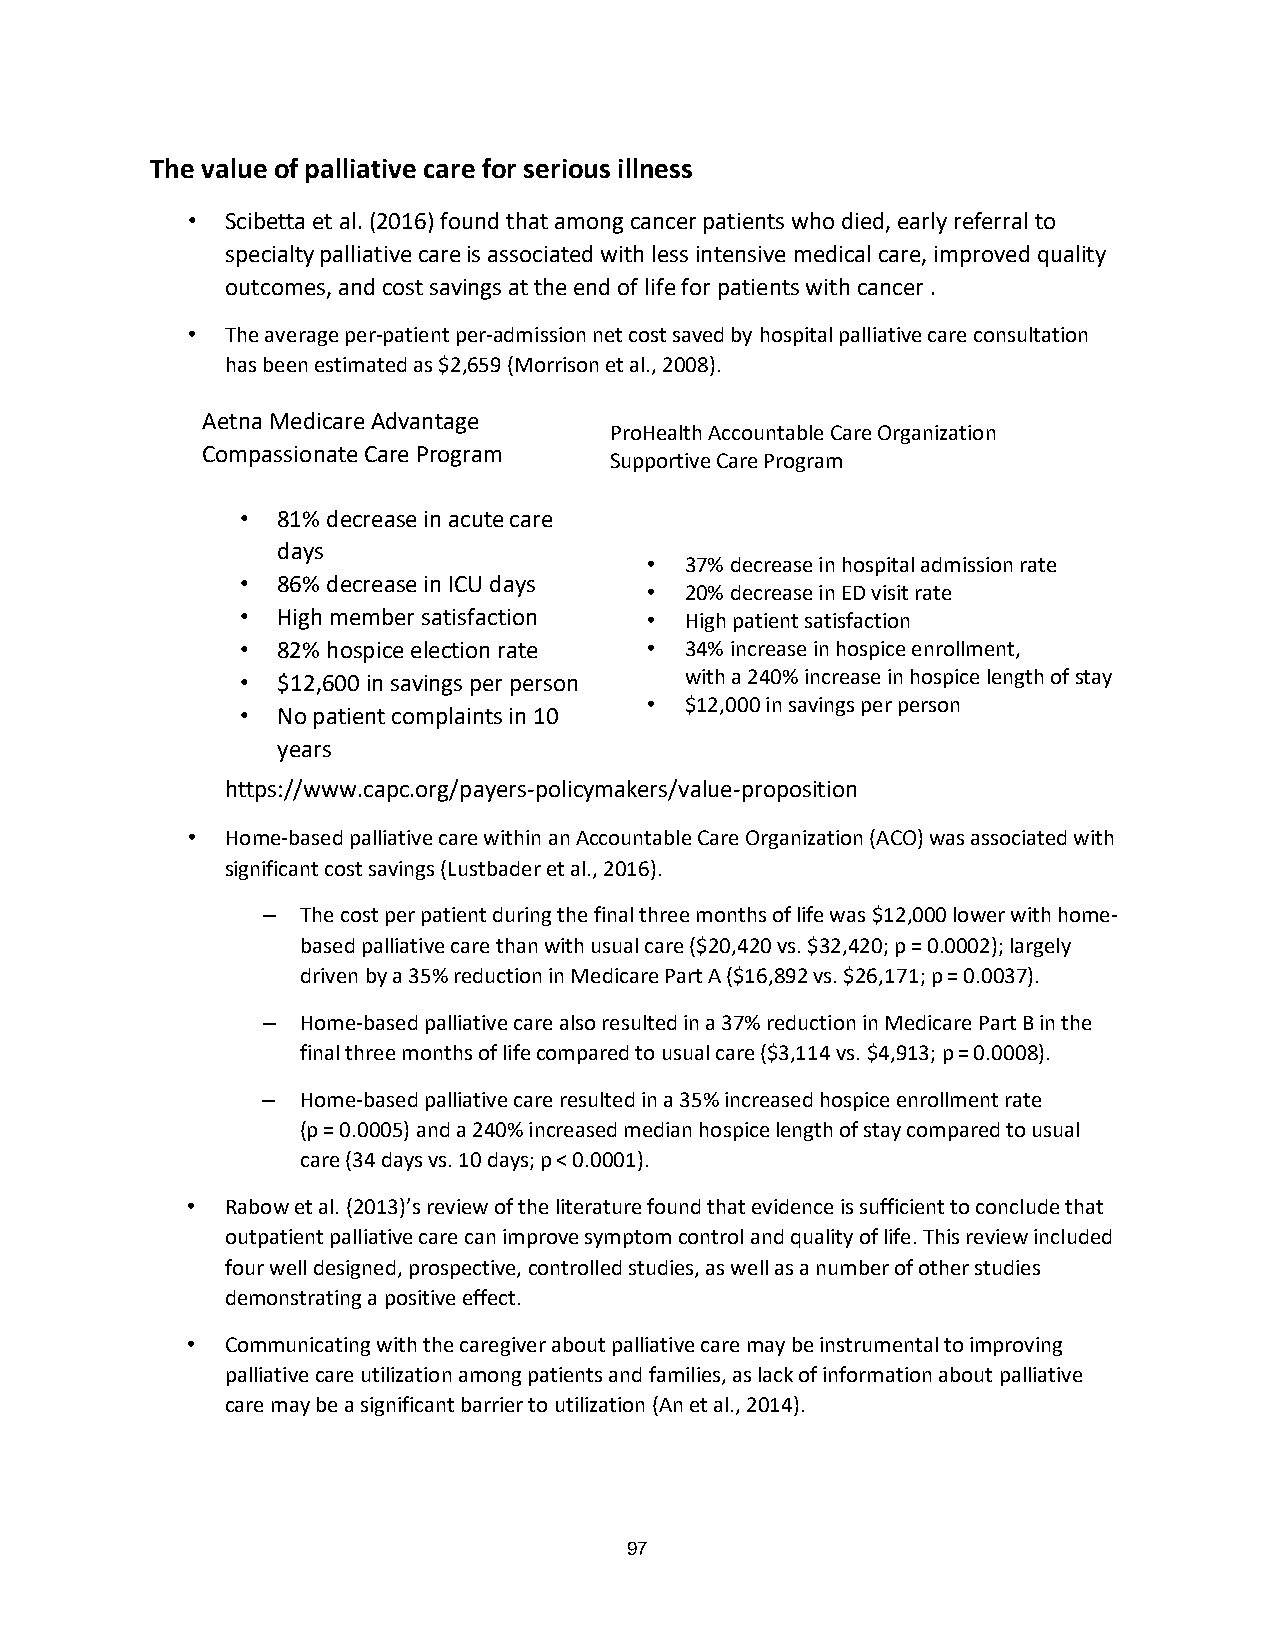
The value of palliative care for serious illness
 •  Scibetta et al. (2016) found that among cancer patients who died, early referral to
 specialty palliative care is associated with less intensive medical care, improved quality
 outcomes, and cost savings at the end of life for patients with cancer .
 •  The average per-patient per-admission net cost saved by hospital palliative care consultation
 has been estimated as $2,659 (Morrison et al., 2008).
 Aetna Medicare Advantage
 ProHealth Accountable Care Organization
 Compassionate Care Program
 Supportive Care Program
 • 81% decrease in acute care
 days
 • 37% decrease in hospital admission rate
 • 86% decrease in ICU days
 • 20% decrease in ED visit rate
 • High member satisfaction • High patient satisfaction
 • 82% hospice election rate • 34% increase in hospice enrollment,
 • $12,600 in savings per person with a 240% increase in hospice length of stay
 • $12,000 in savings per person
 • No patient complaints in 10
 years
 https://www.capc.org/payers-policymakers/value-proposition
 •  Home-based palliative care within an Accountable Care Organization (ACO) was associated with
 significant cost savings (Lustbader et al., 2016).
 –  The cost per patient during the final three months of life was $12,000 lower with home-
 based palliative care than with usual care ($20,420 vs. $32,420; p = 0.0002); largely
 driven by a 35% reduction in Medicare Part A ($16,892 vs. $26,171; p = 0.0037).
 –  Home-based palliative care also resulted in a 37% reduction in Medicare Part B in the
 final three months of life compared to usual care ($3,114 vs. $4,913; p = 0.0008).
 –  Home-based palliative care resulted in a 35% increased hospice enrollment rate
 (p = 0.0005) and a 240% increased median hospice length of stay compared to usual
 care (34 days vs. 10 days; p < 0.0001).
 •  Rabow et al. (2013)’s review of the literature found that evidence is sufficient to conclude that
 outpatient palliative care can improve symptom control and quality of life. This review included
 four well designed, prospective, controlled studies, as well as a number of other studies
 demonstrating a positive effect.
 •  Communicating with the caregiver about palliative care may be instrumental to improving
 palliative care utilization among patients and families, as lack of information about palliative
 care may be a significant barrier to utilization (An et al., 2014).
 97